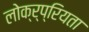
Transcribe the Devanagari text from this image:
लोक्र्प्रियता